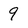
Character: 9